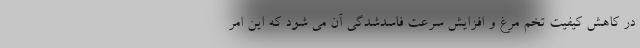
در کاهش کیفیت تخم مرغ و افزایش سرعت فاسدشدگی آن می شود که این امر